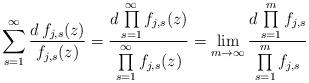
LaTeX: \begin{align*}\sum_{s=1}^\infty \frac{d\, f_{j,s}(z)}{f_{j,s}(z)}=\frac{d\prod\limits_{s=1}^\infty f_{j,s}(z)}{\prod\limits_{s=1}^\infty f_{j,s}(z)}=\lim_{m\to \infty}\frac{d\prod\limits_{s=1}^m f_{j,s}}{\prod\limits_{s=1}^m f_{j,s}}\end{align*}